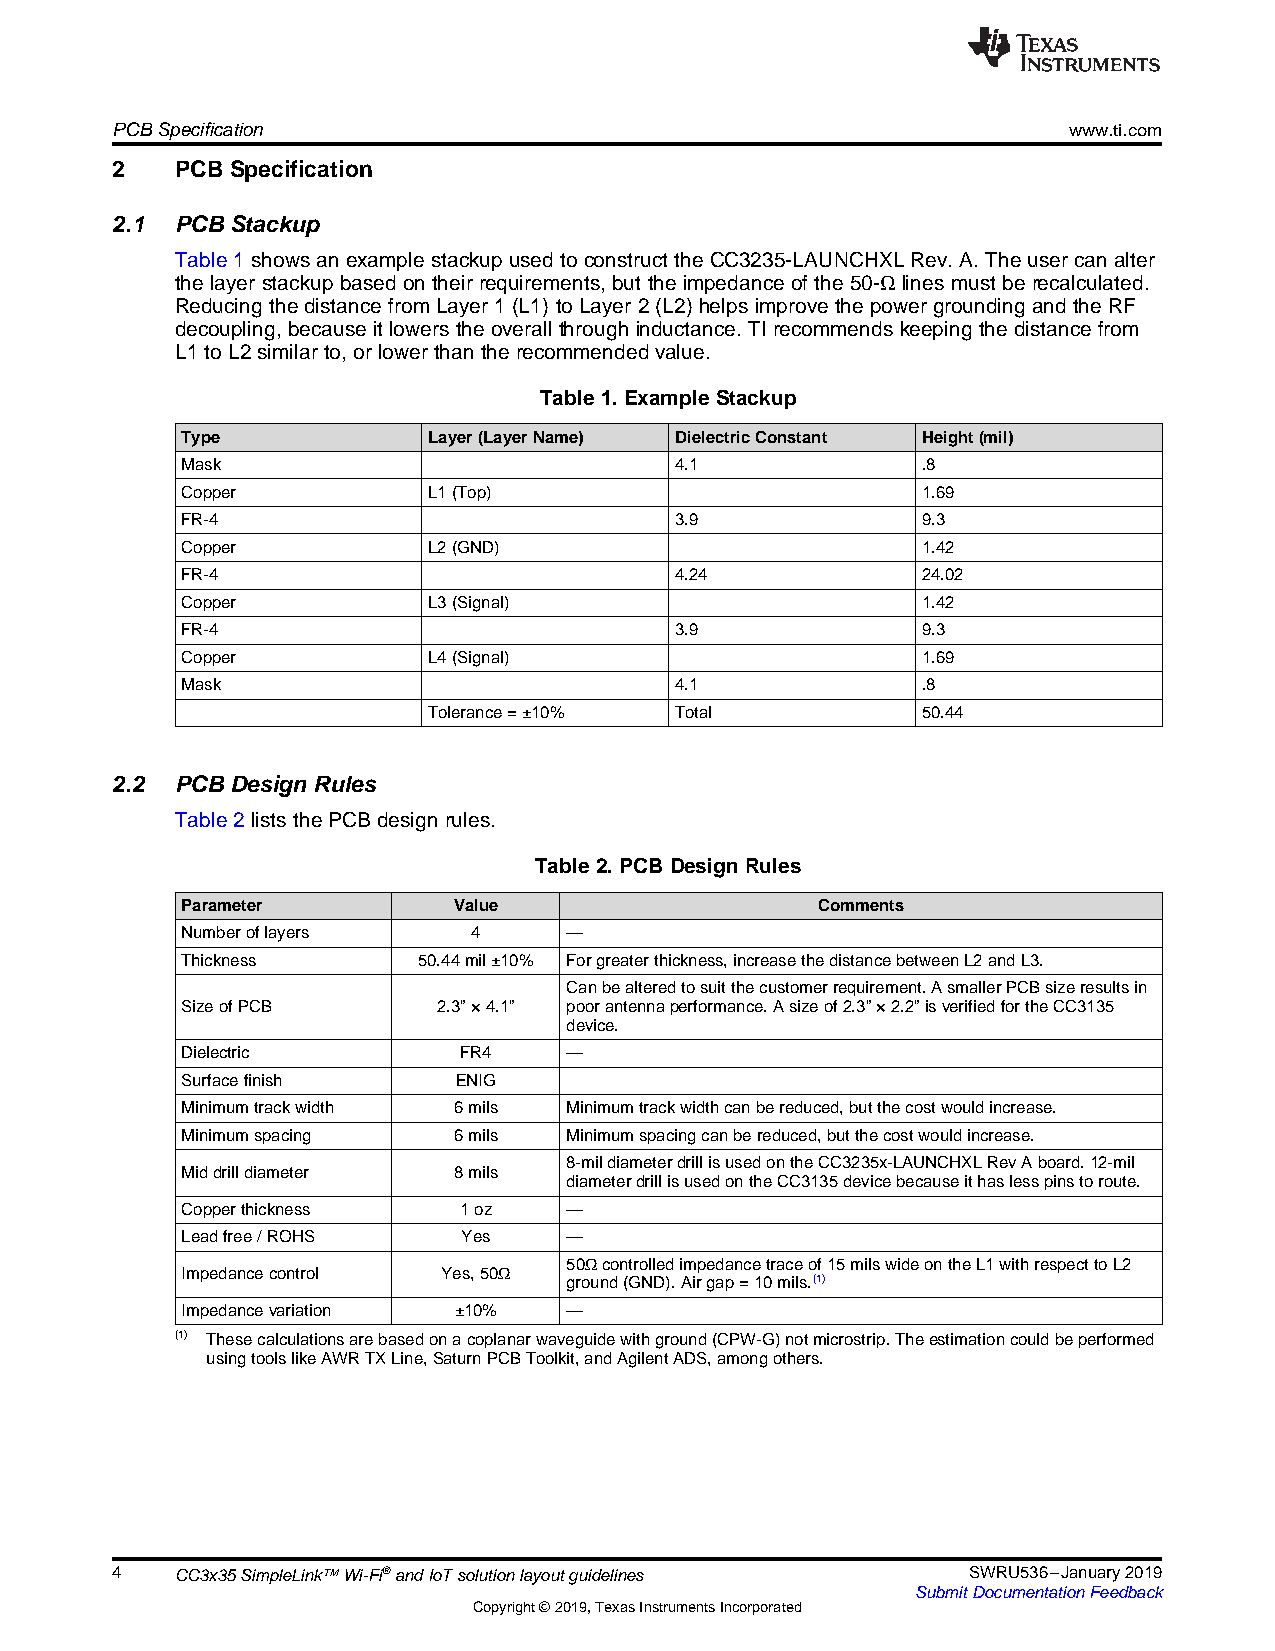
PCBSpecification                                                www.ti.com
 2    PCB Specification
 2.1  PCB Stackup
 Table1showsanexamplestackupusedtoconstructtheCC3235-LAUNCHXLRev.A.Theusercan alter
 thelayerstackupbasedontheirrequirements,buttheimpedanceofthe50-Ω linesmust berecalculated.
 ReducingthedistancefromLayer1(L1)toLayer2(L2) helpsimprovethepower groundingandtheRF
 decoupling,becauseitlowerstheoverallthroughinductance.TIrecommendskeepingthedistancefrom
 L1toL2similarto,orlowerthantherecommendedvalue.
 Table1.ExampleStackup
 Type            Layer(LayerName) DielectricConstant Height(mil)
 Mask                             4.1             .8
 Copper          L1(Top)                          1.69
 FR-4                             3.9             9.3
 Copper          L2(GND)                          1.42
 FR-4                             4.24            24.02
 Copper          L3(Signal)                       1.42
 FR-4                             3.9             9.3
 Copper          L4(Signal)                       1.69
 Mask                             4.1             .8
 Tolerance=±10%   Total           50.44
 2.2  PCB Design Rules
 Table2liststhePCBdesignrules.
 Table2.PCBDesignRules
 Parameter         Value                   Comments
 Numberoflayers     4     —
 Thickness       50.44mil±10% Forgreaterthickness,increasethedistancebetweenL2andL3.
 Canbealteredtosuitthecustomerrequirement.AsmallerPCBsizeresultsin
 SizeofPCB        2.3”×4.1” poorantennaperformance.Asizeof2.3”×2.2”isverifiedfortheCC3135
 device.
 Dielectric        FR4    —
 Surfacefinish     ENIG
 Minimumtrackwidth 6mils  Minimumtrackwidthcanbereduced,butthecostwouldincrease.
 Minimumspacing    6mils  Minimumspacingcanbereduced,butthecostwouldincrease.
 8-mildiameterdrillisusedontheCC3235x-LAUNCHXLRevAboard.12-mil
 Middrilldiameter  8mils
 diameterdrillisusedontheCC3135devicebecauseithaslesspinstoroute.
 Copperthickness   1oz    —
 Leadfree/ROHS      Yes   —
 50Ωcontrolledimpedancetraceof15milswideontheL1withrespecttoL2
 Impedancecontrol Yes,50Ω
 ground(GND).Airgap=10mils.(1)
 Impedancevariation ±10%  —
 (1) Thesecalculationsarebasedonacoplanarwaveguidewithground(CPW-G)notmicrostrip.Theestimationcouldbeperformed
 usingtoolslikeAWRTXLine,SaturnPCBToolkit,andAgilentADS,amongothers.
 4    CC3x35SimpleLink™Wi-Fi®andIoTsolutionlayoutguidelines SWRU536–January2019
 SubmitDocumentationFeedback
 Copyright©2019,TexasInstrumentsIncorporated